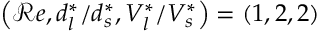
\left( { \mathcal { R } e } , d _ { l } ^ { * } / d _ { s } ^ { * } , V _ { l } ^ { * } / V _ { s } ^ { * } \right) = \left( 1 , 2 , 2 \right)